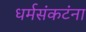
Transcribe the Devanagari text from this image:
धर्मसंकटंना